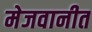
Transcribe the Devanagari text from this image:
मेजवानीत